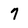
Character: 7